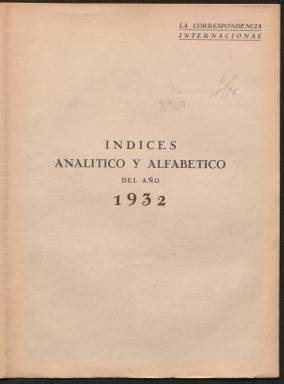
Título: La Correspondencia internacional
Colección: Política
Ámbito geográfico: Barcelona
Lugar de publicación: Barcelona
Fechas: 01/01/1932-07/01/1939